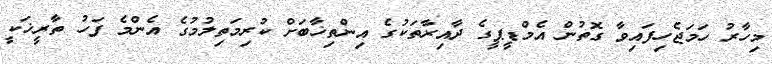
މިހާރު ހަމަޖެހިފައިވާ ގޮތުން އެމްޑީޕީގެ ދާއިރާތަކުގެ އިންތިޚާބަށް ކުރިމަތިލުމުގެ އެންމެ ފަހު ތާރީޚަކީ